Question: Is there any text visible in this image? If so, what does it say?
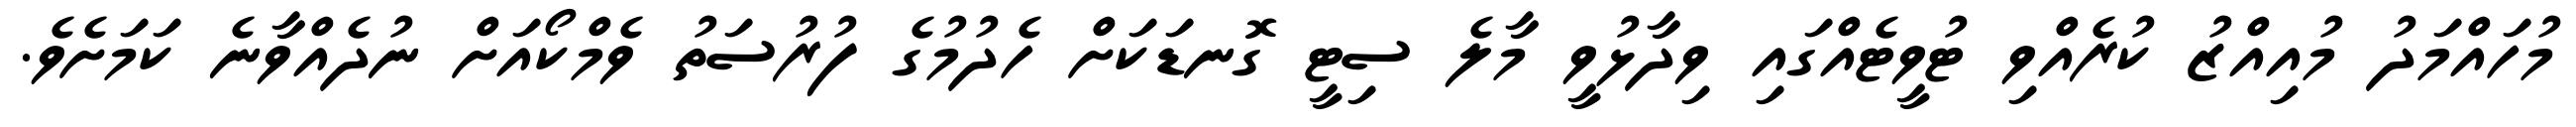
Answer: މުހައްމަދު މުއިއްޒު ކުރެއްވި ޓުވީޓެއްގައި ވިދާޅުވީ މާލެ ސިޓީ ގޮނޑަކަށް ހެދުމުގެ ފުރުސަތު ވެމްކޯއަށް ނުދެއްވާނެ ކަމަށެވެ.